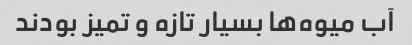
آب میوه‌ها بسیار تازه و تمیز بودند